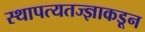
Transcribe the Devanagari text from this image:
स्थापत्यतज्‍ज्ञाकडून